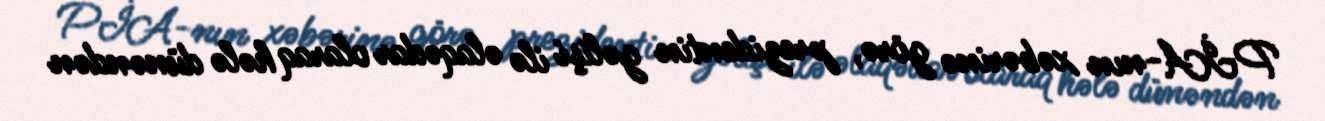
PİA-nın xəbərinə görə, prezidentin gəlişi ilə əlaqədar olaraq hələ dünəndən